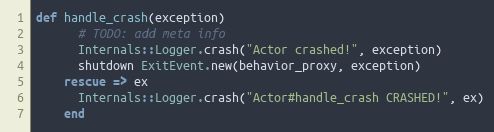
Language: Ruby
def handle_crash(exception)
      # TODO: add meta info
      Internals::Logger.crash("Actor crashed!", exception)
      shutdown ExitEvent.new(behavior_proxy, exception)
    rescue => ex
      Internals::Logger.crash("Actor#handle_crash CRASHED!", ex)
    end